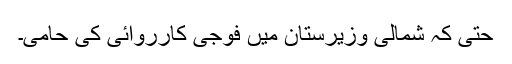
حتی کہ شمالی وزیرستان میں فوجی کارروائی کی حامی۔